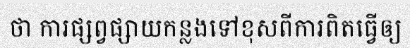
ថា ការផ្សព្វផ្សាយកន្លងទៅខុសពីការពិតធ្វើឲ្យ